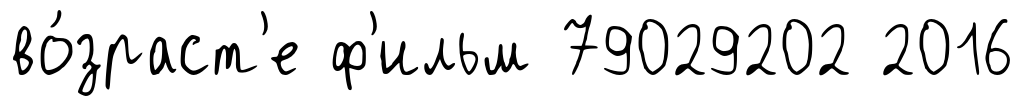
во́зраст'е ф'ильм 79029202 2016